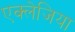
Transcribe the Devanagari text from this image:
एक्लेजिया